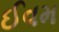
ઈવમ